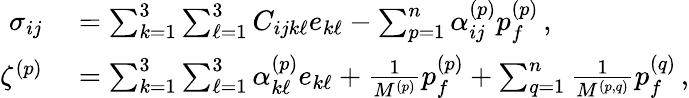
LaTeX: \begin{array}{rl}{\sigma_{ij}}&{{}=\sum_{k=1}^{3}\sum_{\ell=1}^{3}C_{ijk\ell}e_{k\ell}-\sum_{p=1}^{n}\alpha_{ij}^{(p)}p_{f}^{(p)}\, ,}\\ {\zeta^{(p)}}&{{}=\sum_{k=1}^{3}\sum_{\ell=1}^{3}\alpha_{k\ell}^{(p)}e_{k\ell}+\frac{1}{M^{(p)}}p_{f}^{(p)}+\sum_{q=1}^{n}\frac{1}{M^{(p,q)}}p_{f}^{(q)}\, ,}\end{array}